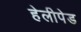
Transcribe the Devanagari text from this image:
हेलीपेड